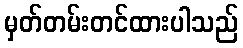
မှတ်တမ်းတင်ထားပါသည်